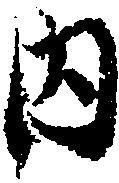
内